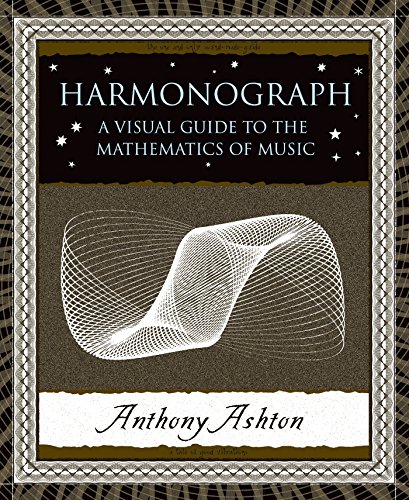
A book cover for Harmonograph: A Visual Guide to the Mathematics of Music (Wooden Books); Anthony Ashton; Arts & Photography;